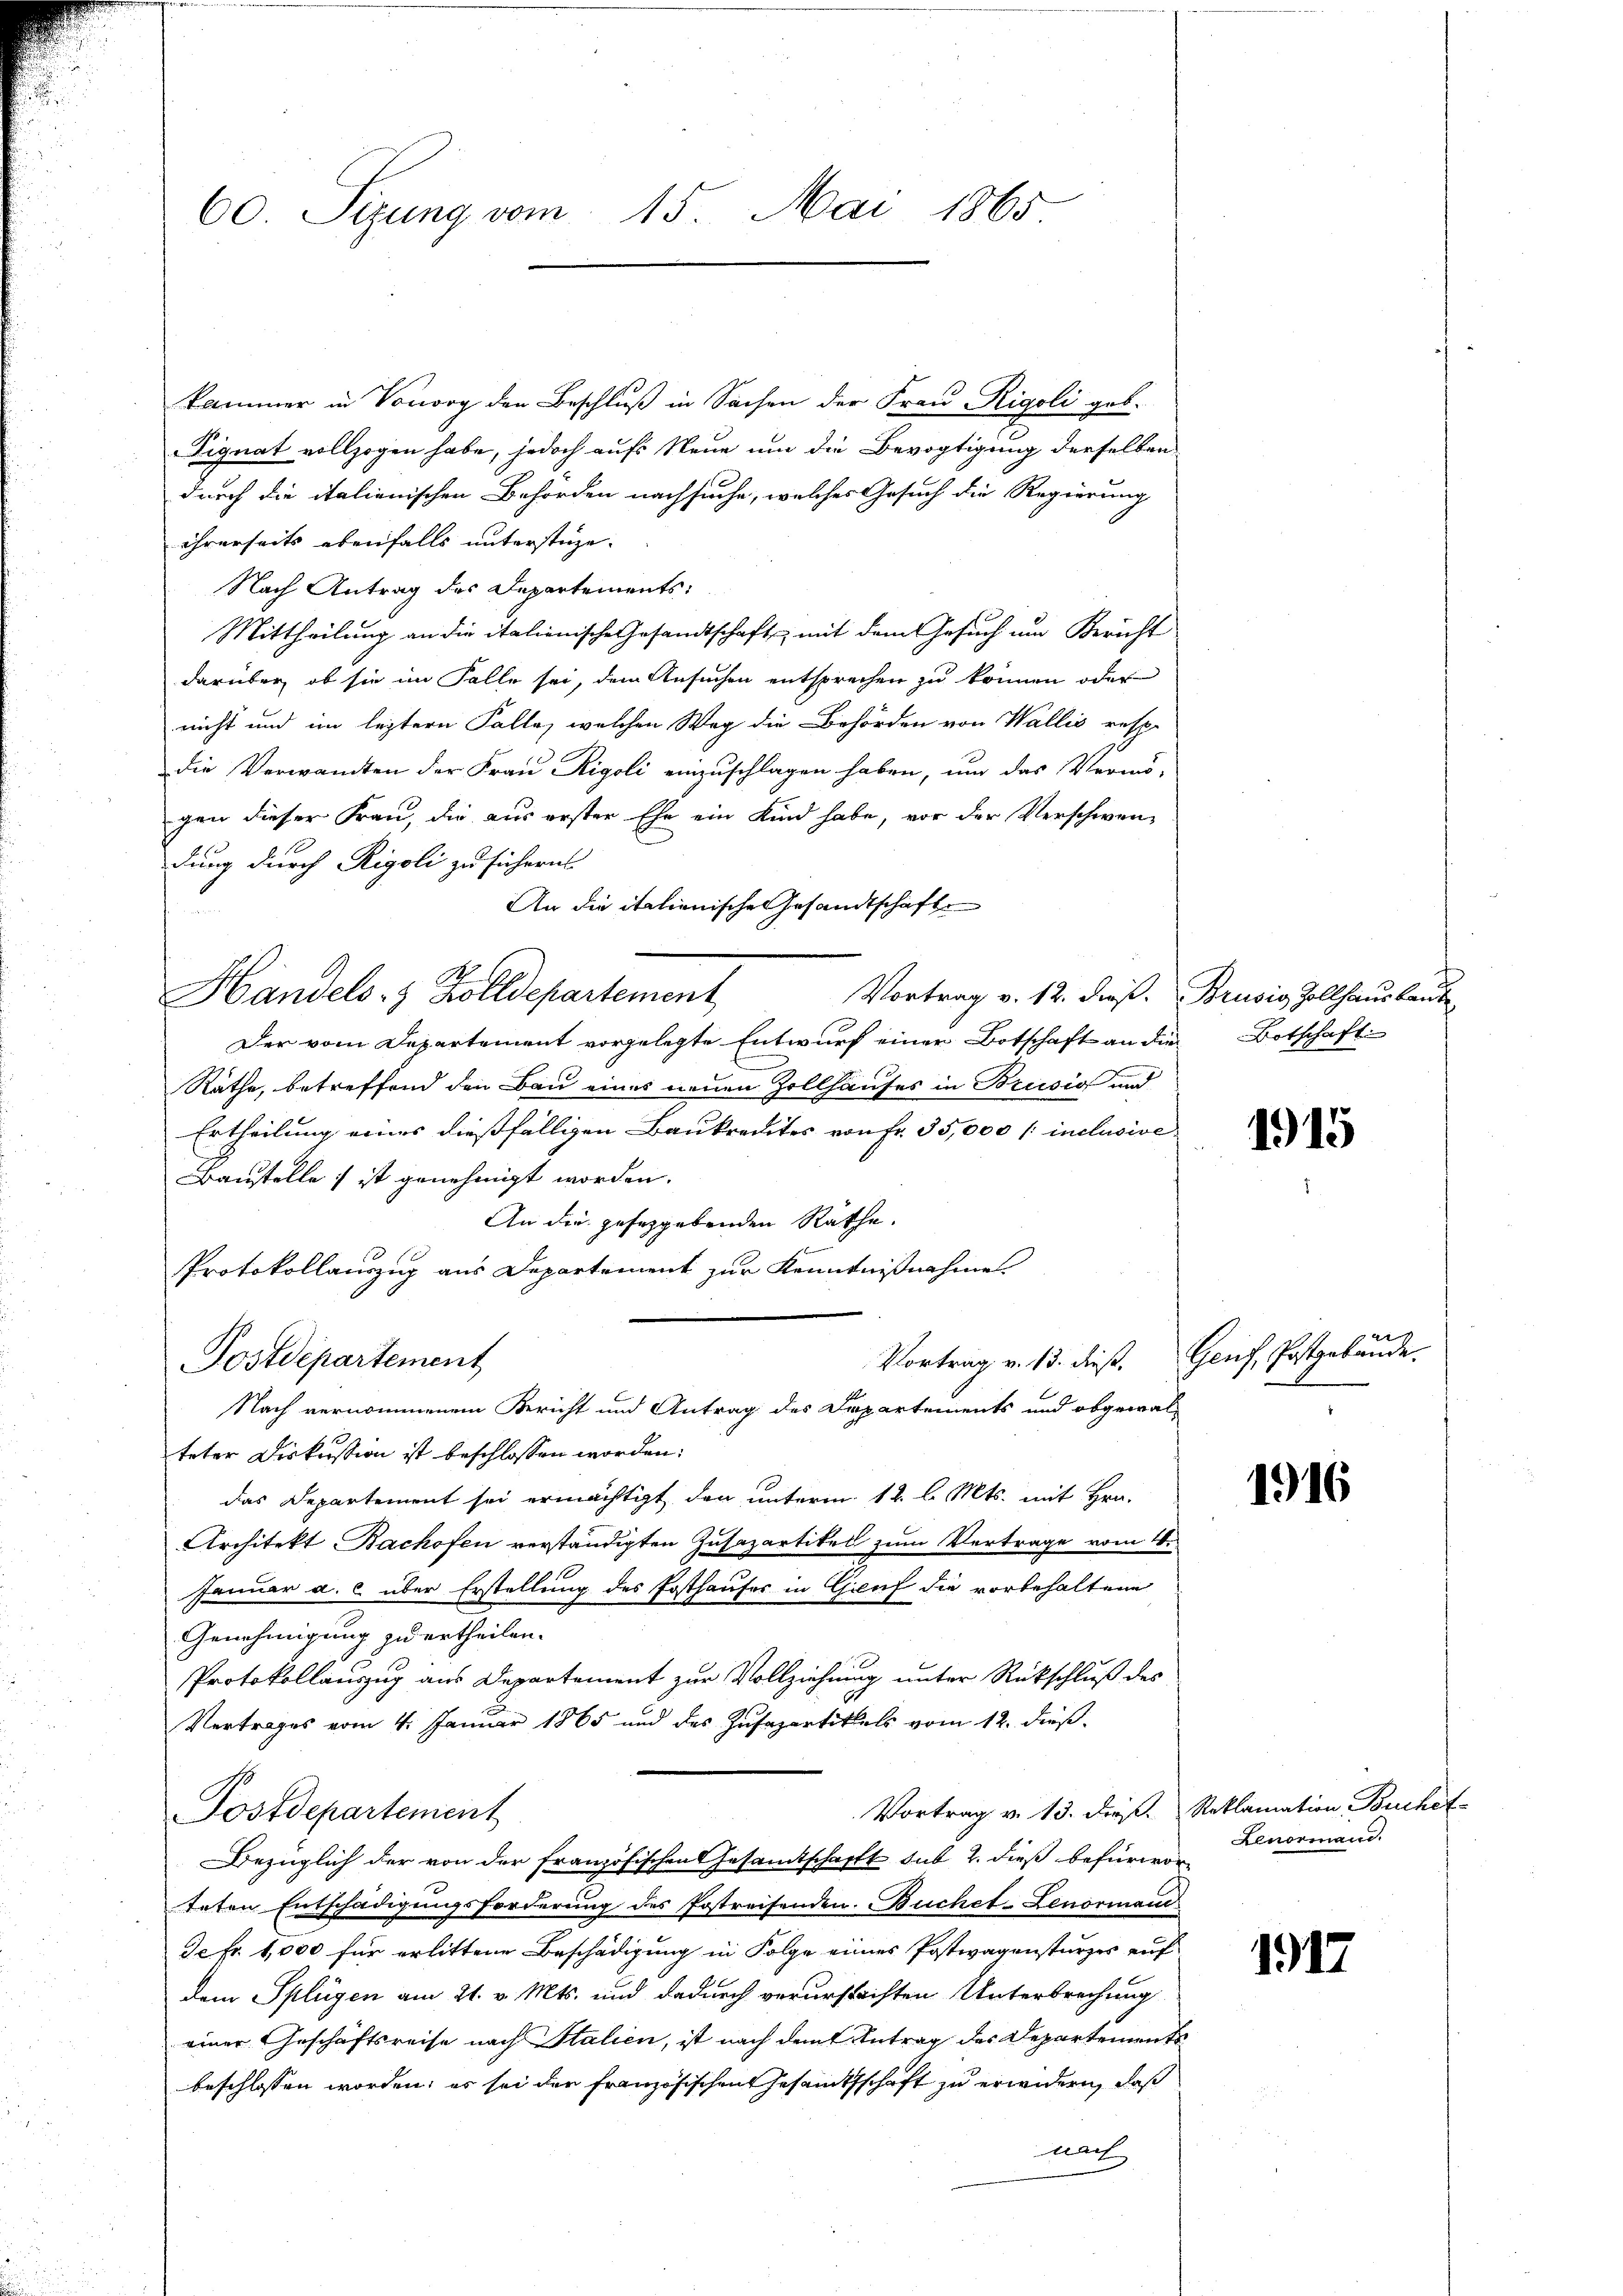
60 Sizung vom 15. Mai 1865

kammer in Vororg den Beschluß in Sachen der Frau Rigoli geb.
Pignat vollzogen habe, jedoch aufs Neue um die Bevogtigung derselben
durch die italienischen Behörden nachsuche, welches Gesuch die Regierung
ihrerseits ebenfalls unterstige. |
Nach Antrag des Departements:
Mittheilung an die italienische Gesandtschaft mit dem Gesuch um Bericht
darüber, ob sie im Falle sei, dem Ansuchen entsprechen zu können oder
nicht und im leztern Falle, welchen Weg die Behörden von Wallis resp.
die Verwandten der Frau Rigoli einzuschlagen haben, um das Vermö-
gen dieser Frau, die aus erster Ehe ein Kind habe, vor der Verschwendung durch Rigoli zu sichern
An die italienische Gesandtschaften
h
Handels- & Zolldepartement
Vortrag v. 12. dieß. Brusig, Zollhausbaut
Der vom Departement vorgelegte Entwurf einer Botschaft an die Botschaft
Räthe, betreffend den Bau eines neuen Zollhauses in Brusio und
Ertheilung eines dießfälligen Baukredites von Fr. 35,000 f: inclusive
Baustelle ; ist genehmigt worden.
An die geseggebenden Räthe.
Protokollauszug aus Departement zur Kenntnißnahmes
Vortrag v. 13. dieß. Genf, Postgebäude.
Postdepartement
Nach vernommenem Bericht und Antrag des Departements und obgewal-
teter Diskussion ist beschlossen worden.
das Departement sei ermächtigt, den unterm 12. l. Mts. mit Hrn.
Architekt Bachofen verständigten Zusazartikel zum Vertrage vom 4.
Januar a. c. über Erstellung des Fosthauser in Gruf die vorbehaltene
Genehmigung zu ertheilen.
Protokollauszug aus Departement zur Vollziehung unter Rückschluß des
Vertrages vom 4. Januar 1865 und des Zusapartikels vom 12. dieß
Vortrag v. 13. die Reklamation Buchet
Postdepartement
Bezüglich der von der französischen Gesandtschafft sub 2. dieß befürworteten Entschädigungsforderung des Postreisenden Buchet-Lenormann
Ic fr. 1,000 für erlittene Beschädigung in Folge eines Postwagensturzes auf
dem Splügen am 21. v. Mts. und dadurch verurstachten Unterbrechung
einer Geschäftsreise nach Italien, ist nach dem Antrag des Departements
beschlossen worden; es sei der Französischen Gesamtsschaft zu erwidern, daß
nach

1915

1916

Lenormann.

1917